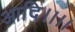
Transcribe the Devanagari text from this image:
आदि।।।।